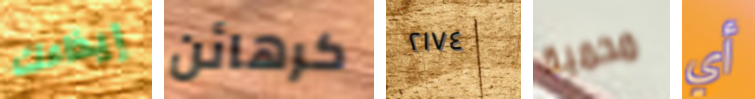
إيذاءك كرهائن ٢١٧٤ محمية أي